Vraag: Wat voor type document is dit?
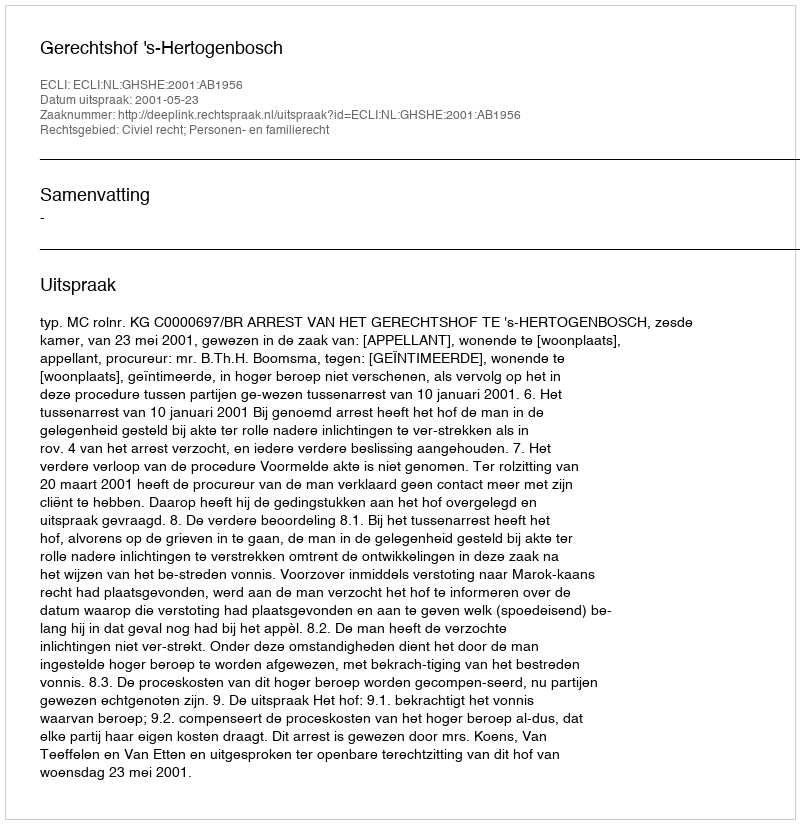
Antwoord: Uitspraak